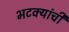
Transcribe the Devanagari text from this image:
भटक्यांची